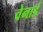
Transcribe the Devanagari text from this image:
वेनार्ड